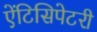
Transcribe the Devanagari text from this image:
ऐंटिसिपेटरी